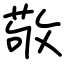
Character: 敬